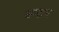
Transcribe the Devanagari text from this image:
चन्‍द्रन